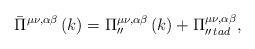
LaTeX: \begin{align*}\bar \Pi^{\mu \nu ,\alpha \beta }\left( k\right) =\Pi_{\prime \prime }^{\mu \nu ,\alpha \beta }\left( k\right) +\Pi _{\prime\prime \,tad}^{\mu \nu ,\alpha \beta },\end{align*}